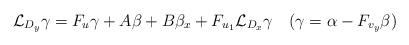
LaTeX: \begin{align*}\mathcal L_{D_y}\gamma=F_u\gamma+A\beta+B\beta_x+F_{u_1}\mathcal L_{D_x}\gamma\quad(\gamma=\alpha-F_{v_y}\beta)\end{align*}